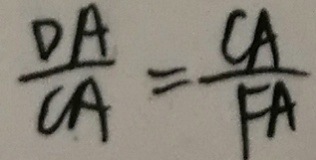
\frac { D A } { C A } = \frac { C A } { F A }